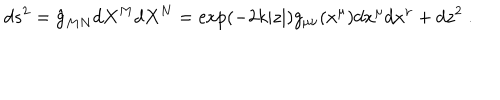
d s ^ { 2 } = \hat { g } _ { M N } d X ^ { M } d X ^ { N } = \exp ( - 2 k | z | ) g _ { \mu \nu } ( x ^ { \mu } ) d x ^ { \mu } d x ^ { \nu } + d z ^ { 2 } ~ .